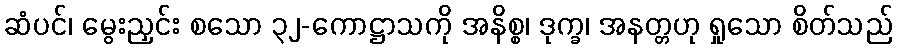
ဆံပင်၊ မွေးညှင်း စသော ၃၂-ကောဋ္ဌာသကို အနိစ္စ၊ ဒုက္ခ၊ အနတ္တဟု ရှုသော စိတ်သည်